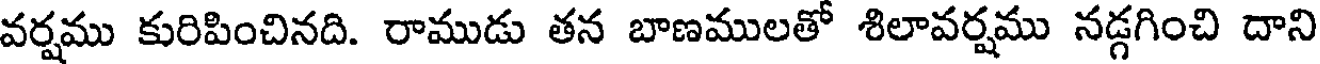
వర్షము కురిపించినది. రాముడు తన బాణములతో శిలావర్షము నడ్గగించి దాని